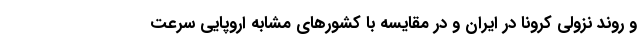
و روند نزولی کرونا در ایران و در مقایسه با کشورهای مشابه اروپایی سرعت